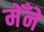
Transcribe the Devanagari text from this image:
मेँने